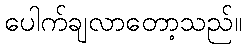
ပေါက်ချလာတော့သည်။